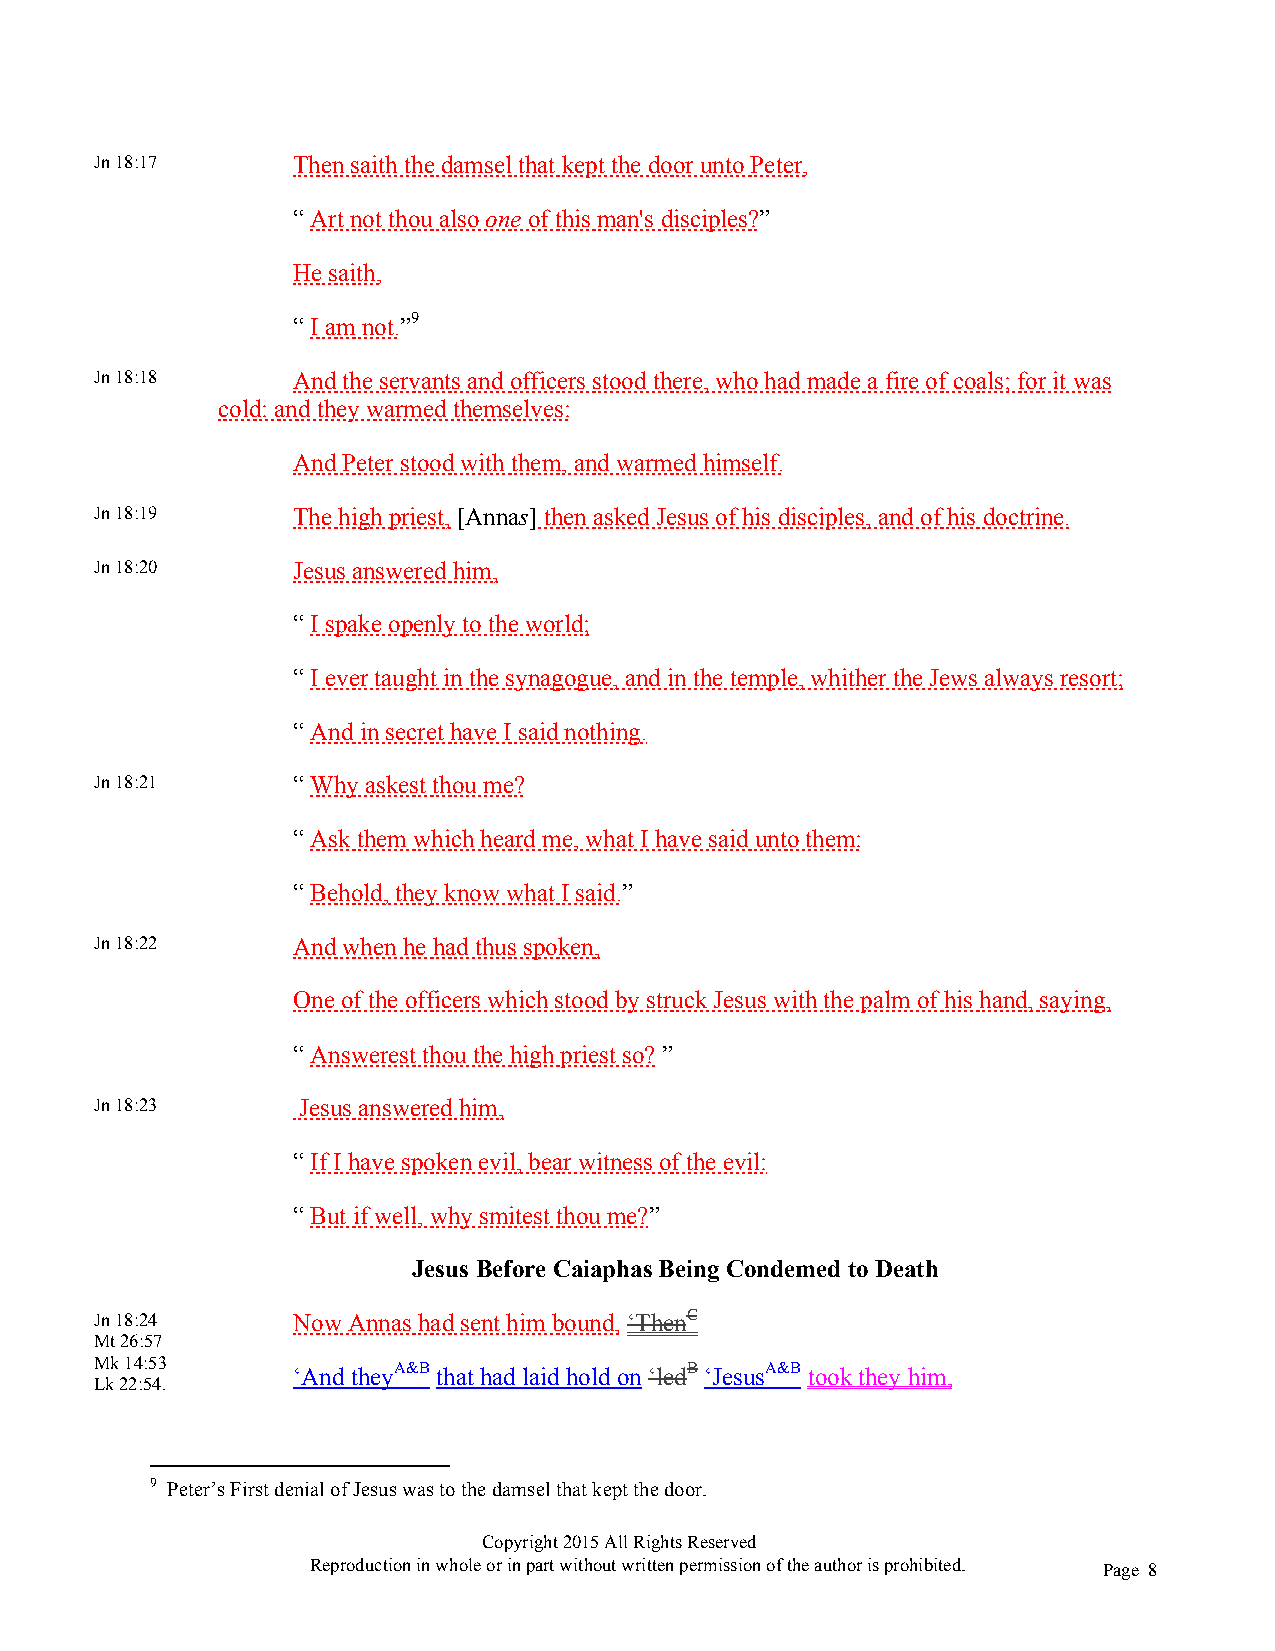
Jn 18:17     Then saith the damsel that kept the door unto Peter,
 “ Art not thou also one of this man's disciples?”
 He saith,
 “ I am not.”9
 Jn 18:18     And the servants and officers stood there, who had made a fire of coals; for it was
 cold: and they warmed themselves:
 And Peter stood with them, and warmed himself.
 Jn 18:19     The high priest, [Annas] then asked Jesus of his disciples, and of his doctrine.
 Jn 18:20     Jesus answered him,
 “ I spake openly to the world;
 “ I ever taught in the synagogue, and in the temple, whither the Jews always resort;
 “ And in secret have I said nothing.
 Jn 18:21     “ Why askest thou me?
 “ Ask them which heard me, what I have said unto them:
 “ Behold, they know what I said.”
 Jn 18:22     And when he had thus spoken,
 One of the officers which stood by struck Jesus with the palm of his hand, saying,
 “ Answerest thou the high priest so? ”
 Jn 18:23      Jesus answered him,
 “ If I have spoken evil, bear witness of the evil:
 “ But if well, why smitest thou me?”
 Jesus Before Caiaphas Being Condemed to Death
 Jn 18:24     Now Annas had sent him bound, ‘ThenC
 Mt 26:57
 Mk 14:53     ‘And theyA&B that had laid hold on ‘ledB ‘JesusA&B took they him,
 Lk 22:54.
 9 Peter’s First denial of Jesus was to the damsel that kept the door.
 Copyright 2015 All Rights Reserved
 Reproduction in whole or in part without written permission of the author is prohibited. Page 8